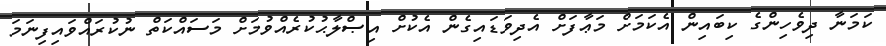
ކަމަނާ ދިވެހިންގެ ކިބައިން އެކަމަށް މަޢާފަށް އެދިވަޑައިގެން އެކުށް އިޞްލާޙުކުރެއްވުމަށް މަސައްކަތް ނުކުރައްވައިފިނަމަަ